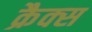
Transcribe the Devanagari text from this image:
क्रैक्‍स